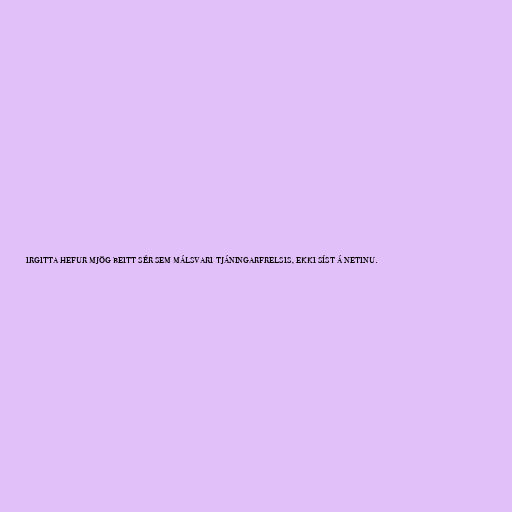
irgitta hefur mjög beitt sér sem málsvari tjáningarfrelsis, ekki síst á netinu.